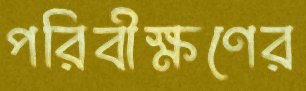
পরিবীক্ষণের